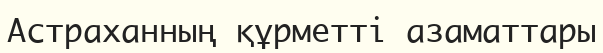
Астраханның құрметті азаматтары